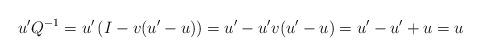
LaTeX: \begin{align*}u' Q^{-1}= u' \left(I - v (u'-u)\right)= u' - u' v (u'-u)= u' - u' + u = u\end{align*}